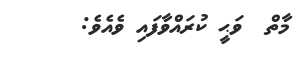
މާތް  ވަޙީ ކުރައްވާފައި ވެއެވެ: